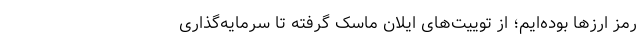
رمز ارزها بوده‌ایم؛ از توییت‌های ایلان ماسک گرفته تا سرمایه‌گذاری